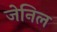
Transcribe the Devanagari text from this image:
जेनिल